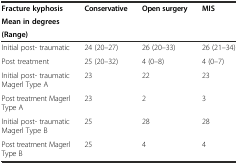
| Fracture kyphosis | <ROWSPAN=3> Conservative | <ROWSPAN=3> Open surgery | <ROWSPAN=3> MIS |
 | Mean in degrees |
 | (Range) |
 | --- | --- | --- | --- |
 | Initial post- traumatic | 24 (20–27) | 26 (20–33) | 26 (21–34) |
 | Post treatment | 25 (20–32) | 4 (0–8) | 4 (0–7) |
 | Initial post- traumatic Magerl Type A | 23 | 22 | 23 |
 | Post treatment Magerl Type A | 23 | 2 | 3 |
 | Initial post- traumatic Magerl Type B | 25 | 28 | 28 |
 | Post treatment Magerl Type B | 25 | 4 | 4 |